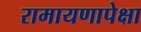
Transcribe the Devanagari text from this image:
रामायणापेक्षा